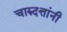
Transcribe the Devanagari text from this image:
चारुदत्तांनी